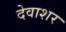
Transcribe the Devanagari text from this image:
देवाशर